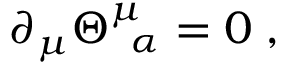
\begin{array} { r } { \partial _ { \mu } \Theta _ { \; \; \alpha } ^ { \mu } = 0 \; , } \end{array}